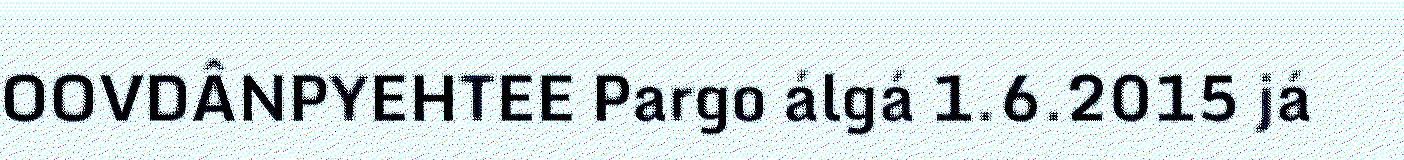
OOVDÂNPYEHTEE Pargo álgá 1.6.2015 já